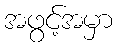
အဖွင့်အမှာ